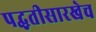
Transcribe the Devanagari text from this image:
पद्धतीसारखेच